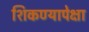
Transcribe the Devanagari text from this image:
शिकण्यापेक्षा